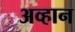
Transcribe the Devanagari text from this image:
अव्हान